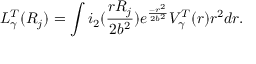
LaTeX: L _ { \gamma } ^ { T } ( R _ { j } ) = \int i _ { 2 } ( \frac { r R _ { j } } { 2 b ^ { 2 } } ) e ^ { \frac { - r ^ { 2 } } { 2 b ^ { 2 } } } V _ { \gamma } ^ { T } ( r ) r ^ { 2 } d r .